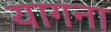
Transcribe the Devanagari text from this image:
यागना